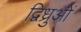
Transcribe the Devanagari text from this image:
द्विध्रुओं